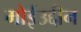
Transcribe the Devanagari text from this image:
मोईउद्दीन